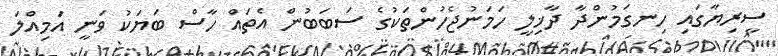
ސީރިޔާގައި ހިނގަމުންދާ ދާޚިލީ ހަމަނުޖެހުންތަކުގެ ސަބަބުން އެތައް ހާސް ބަޔަކު ވަނީ އަމިއްލަ